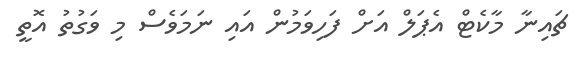
ޗައިނާ މާކެޓް އެޕަލް އަށް ފަހިވަމުން އައި ނަމަވެސް މި ވަގުތު އޮތީ